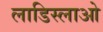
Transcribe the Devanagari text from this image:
लाडिस्लाओ